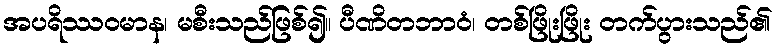
အပရိဿဝမာန၊ မစီးသည်ဖြစ်၍။ ပီဏိတဘာဝံ၊ တစ်ဖြိုးဖြိုး တက်ပွားသည်၏